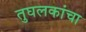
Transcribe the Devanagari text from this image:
तुघलकांचा